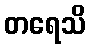
တရေသိ